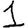
Digit: 1